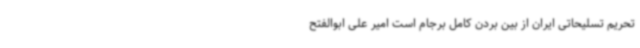
تحریم تسلیحاتی ایران از بین بردن کامل برجام است امیر علی ابوالفتح